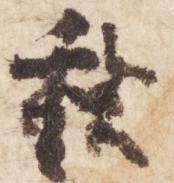
秋